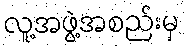
လူ့အဖွဲ့အစည်းမှ